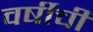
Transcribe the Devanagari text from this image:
वर्षीची